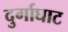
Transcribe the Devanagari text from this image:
दुर्गाघाट